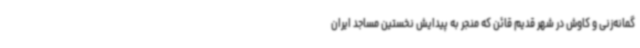
گمانه‌زنی و کاوش در شهر قدیم قائن که منجر به پیدایش نخستین مساجد ایران